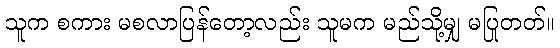
သူက စကား မစလာပြန်တော့လည်း သူမက မည်သို့မျှ မပြုတတ်။